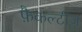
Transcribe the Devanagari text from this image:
फ़ैकल्टीज़